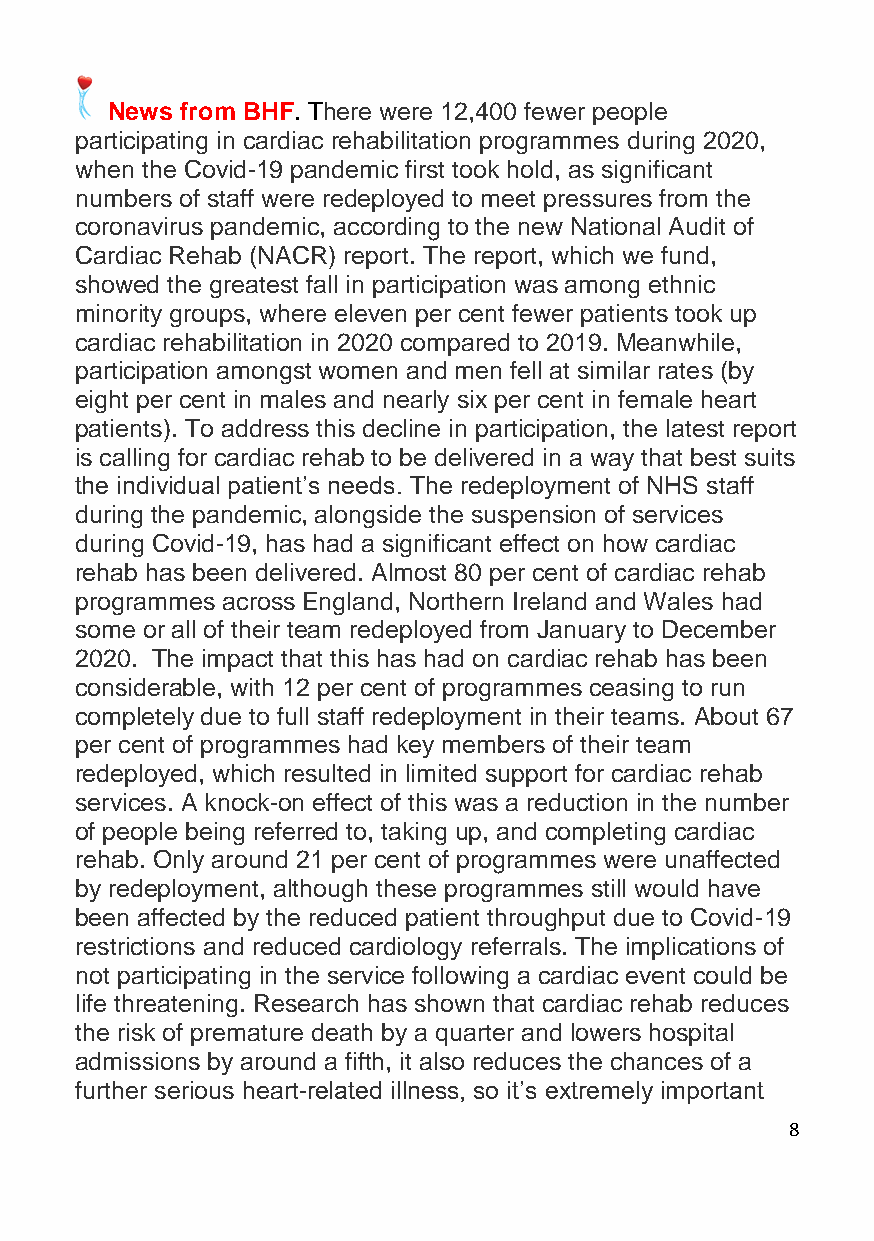
News from BHF. There were 12,400 fewer people
 participating in cardiac rehabilitation programmes during 2020,
 when the Covid-19 pandemic first took hold, as significant
 numbers of staff were redeployed to meet pressures from the
 coronavirus pandemic, according to the new National Audit of
 Cardiac Rehab (NACR) report. The report, which we fund,
 showed the greatest fall in participation was among ethnic
 minority groups, where eleven per cent fewer patients took up
 cardiac rehabilitation in 2020 compared to 2019. Meanwhile,
 participation amongst women and men fell at similar rates (by
 eight per cent in males and nearly six per cent in female heart
 patients). To address this decline in participation, the latest report
 is calling for cardiac rehab to be delivered in a way that best suits
 the individual patient’s needs. The redeployment of NHS staff
 during the pandemic, alongside the suspension of services
 during Covid-19, has had a significant effect on how cardiac
 rehab has been delivered. Almost 80 per cent of cardiac rehab
 programmes across England, Northern Ireland and Wales had
 some or all of their team redeployed from January to December
 2020. The impact that this has had on cardiac rehab has been
 considerable, with 12 per cent of programmes ceasing to run
 completely due to full staff redeployment in their teams. About 67
 per cent of programmes had key members of their team
 redeployed, which resulted in limited support for cardiac rehab
 services. A knock-on effect of this was a reduction in the number
 of people being referred to, taking up, and completing cardiac
 rehab. Only around 21 per cent of programmes were unaffected
 by redeployment, although these programmes still would have
 been affected by the reduced patient throughput due to Covid-19
 restrictions and reduced cardiology referrals. The implications of
 not participating in the service following a cardiac event could be
 life threatening. Research has shown that cardiac rehab reduces
 the risk of premature death by a quarter and lowers hospital
 admissions by around a fifth, it also reduces the chances of a
 further serious heart-related illness, so it’s extremely important
 8